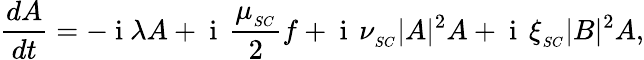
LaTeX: \frac{dA}{dt}=-\mathrm{~i~}\lambda A+\mathrm{~i~}\, \frac{\mu_{_{SC}}}{2}f+\mathrm{~i~}\, \nu_{_{SC}}|A|^{2}A+\mathrm{~i~}\, \xi_{_{SC}}|B|^{2}A,